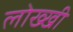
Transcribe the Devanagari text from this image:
लोख्खी